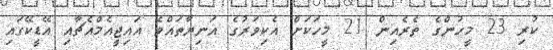
ކުރި 23 މީހުންގެ ތެރެއިން 21 މީހަކަށް އެކިވަރުގެ އަނިޔާތައްވެ އައިޖީއެމްއެޗާއި އޭޑީކޭގައި